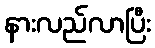
နားလည်လာပြီး